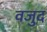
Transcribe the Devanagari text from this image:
वजुद